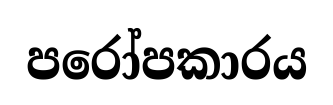
පරෝපකාරය